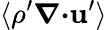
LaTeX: \langle{\rho^{\prime}{\boldsymbol{\nabla}}{\boldsymbol{\cdot}}{\textbf{u}}^{\prime}}\rangle